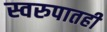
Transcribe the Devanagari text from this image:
स्वरुपातही